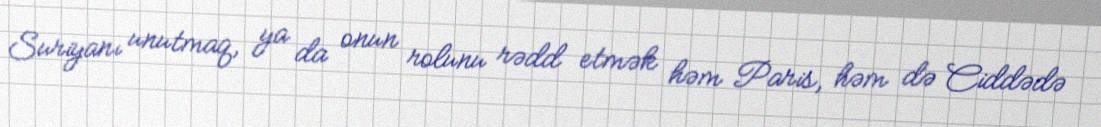
Suriyanı unutmaq, ya da onun rolunu rədd etmək həm Paris, həm də Ciddədə